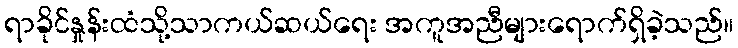
ရာခိုင်နှုန်းထံသို့သာကယ်ဆယ်ရေး အကူအညီများရောက်ရှိခဲ့သည်။